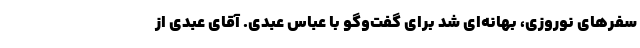
سفرهای نوروزی، بهانه‌ای شد برای گفت‌وگو با عباس عبدی. آقای عبدی از